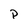
Character: P